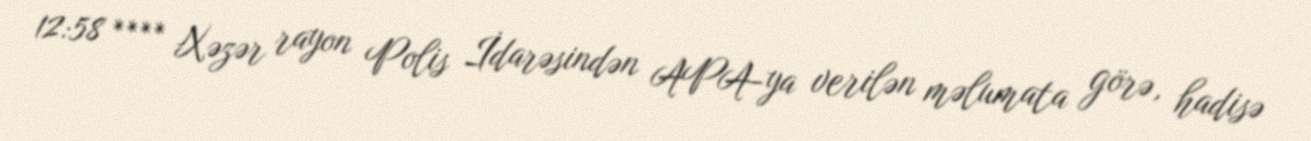
12:58 **** Xəzər rayon Polis İdarəsindən APA-ya verilən məlumata görə, hadisə